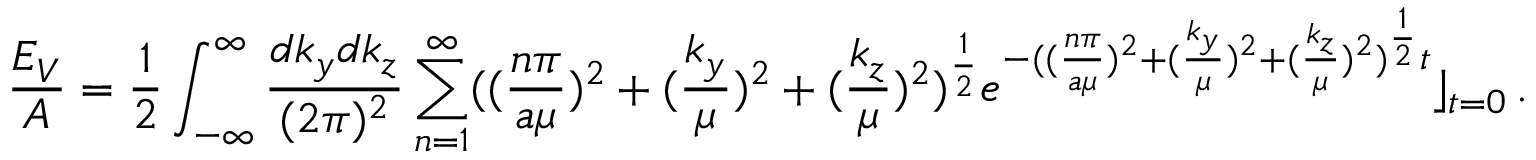
\frac { E _ { V } } { A } = \frac { 1 } { 2 } \int _ { - \infty } ^ { \infty } \frac { d k _ { y } d k _ { z } } { ( 2 \pi ) ^ { 2 } } \sum _ { n = 1 } ^ { \infty } ( ( \frac { n \pi } { a \mu } ) ^ { 2 } + ( \frac { k _ { y } } { \mu } ) ^ { 2 } + ( \frac { k _ { z } } { \mu } ) ^ { 2 } ) ^ { \frac 1 2 } e ^ { - ( ( \frac { n \pi } { a \mu } ) ^ { 2 } + ( \frac { k _ { y } } { \mu } ) ^ { 2 } + ( \frac { k _ { z } } { \mu } ) ^ { 2 } ) ^ { \frac 1 2 } t } \rfloor _ { t = 0 } \, .